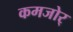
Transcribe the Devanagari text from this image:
कमजोर्